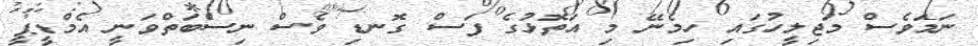
ނަމަވެސް މަޖިލީހުގައި ހިމެނޭ މި އަތޮޅުގެ ފަސް ގޮނޑި ވެސް ނިސްބަތްވަނީ އެމްޑީޕީ